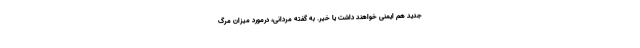
جدید هم ایمنی خواهند داشت یا خیر. به گفته مردانی، درمورد میزان مرگ